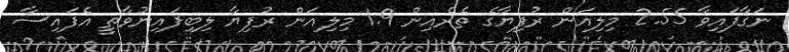
ނަގާފައިވާ 2.55 މިލިއަން ރުފިޔާގެ ތެރެއިން 1.9 މިލިއަން ރުފިޔާ ލިބިފައިނުވާތީ އެފައިސާ